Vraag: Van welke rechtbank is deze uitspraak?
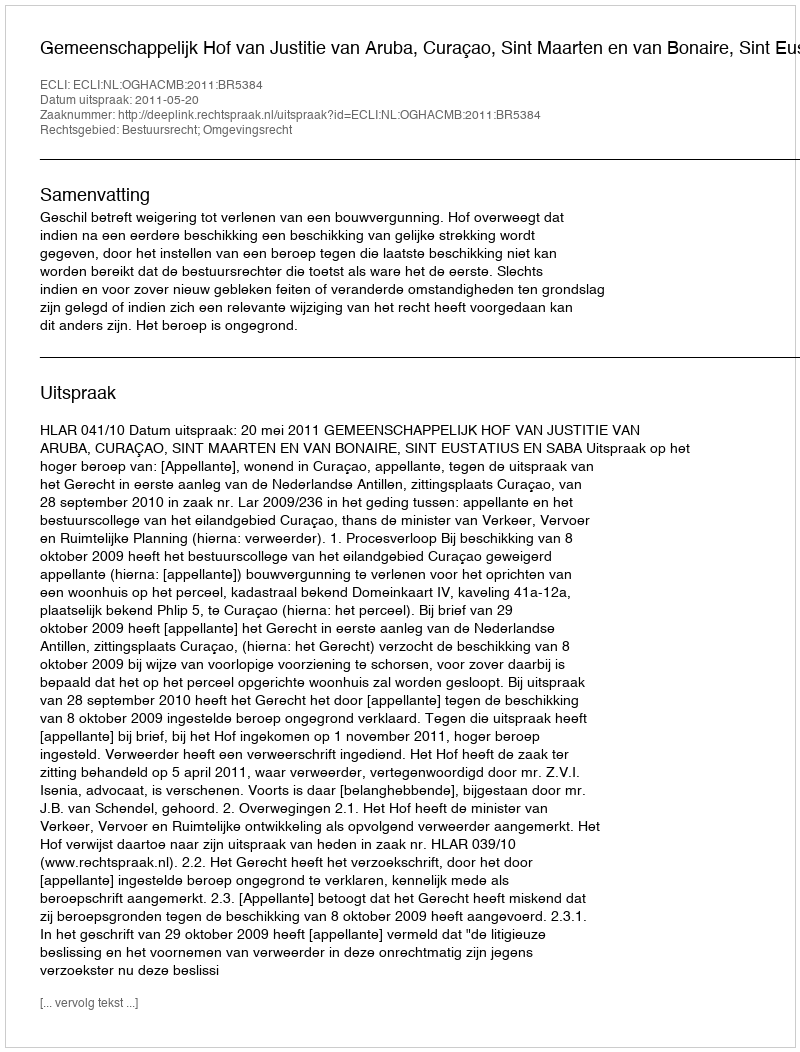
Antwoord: Gemeenschappelijk Hof van Justitie van Aruba, Curaçao, Sint Maarten en van Bonaire, Sint Eustatius en Saba